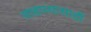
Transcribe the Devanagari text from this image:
साहाय्यासाठीं